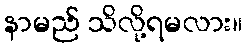
နာမည် သိလို့ရမလား။